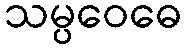
သမ္ပဝေဓေ